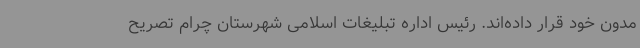
مدون خود قرار داده‌اند. رئیس اداره تبلیغات اسلامی شهرستان چرام تصریح